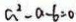
a ^ { 2 } - a - b = 0